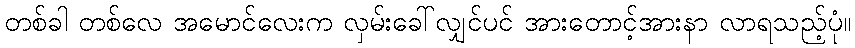
တစ်ခါ တစ်လေ အမောင်လေးက လှမ်းခေါ်လျှင်ပင် အားတောင့်အားနာ လာရသည့်ပုံ။